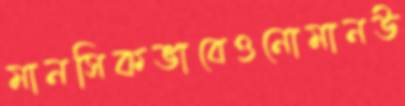
মানসিকভাবেওনোমানউ